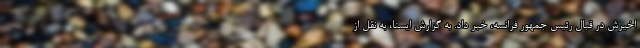
اخیرش در قبال رئیس جمهور فرانسه، خبر داد. به گزارش ایسنا، به نقل از